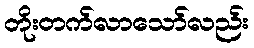
တိုးတက်လာသော်လည်း